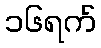
၁၆ရက်